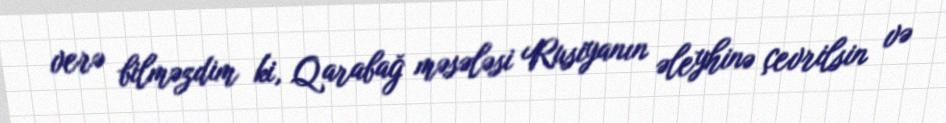
verə bilməzdim ki, Qarabağ məsələsi Rusiyanın əleyhinə çevrilsin və